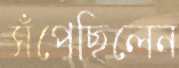
সঁপেছিলেন